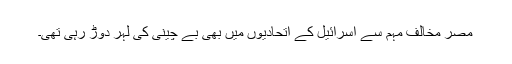
مصر مخالف مہم سے اسرائیل کے اتحادیوں میں بھی بے چینی کی لہر دوڑ رہی تھی۔